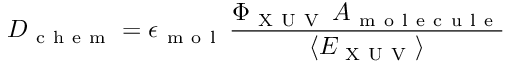
D _ { \mathrm { ~ c ~ h ~ e ~ m ~ } } = \epsilon _ { \mathrm { ~ m ~ o ~ l ~ } } \, \frac { \Phi _ { \mathrm { ~ X ~ U ~ V ~ } } \, A _ { \mathrm { ~ m ~ o ~ l ~ e ~ c ~ u ~ l ~ e ~ } } } { \langle E _ { \mathrm { ~ X ~ U ~ V ~ } } \rangle }